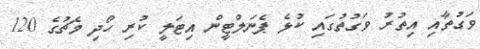
ވަގުތާއި އިތުރު ވަގުތުގައި ކުޅެ ޕެނަލްޓީން އިޓަލީ ކުރި ހޯދި މެޗުގެ 120